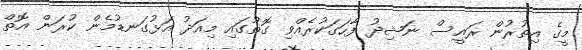
މީގެ އިތުރުން ރައީސް ނަޝިދު ފާހަގަކުރެއްވި ގޮތުގައި މިއަދު އަޅުގަނޑުމެން ކުރަން އޮތް